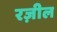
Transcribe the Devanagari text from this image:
रज़ील